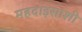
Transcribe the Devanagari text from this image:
महदाइसाशी